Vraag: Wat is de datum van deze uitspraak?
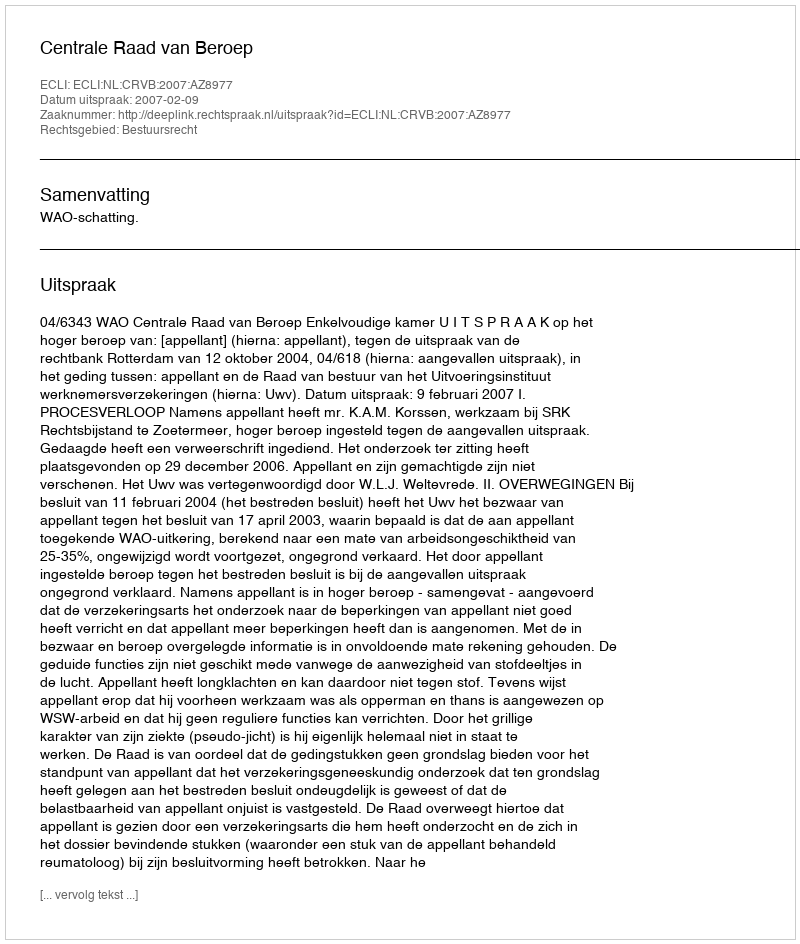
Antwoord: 2007-02-09